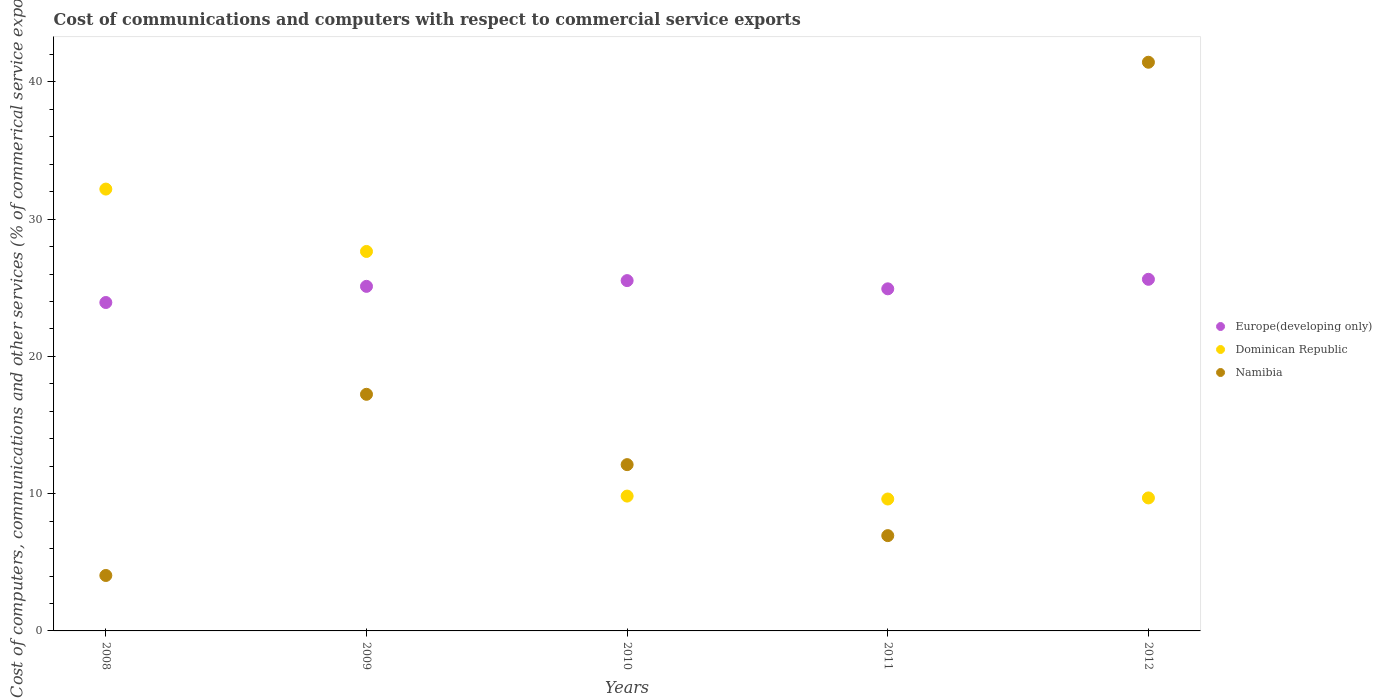
| Years | Europe(developing only) | Dominican Republic | Namibia |
 | --- | --- | --- | --- |
 | 2008 | 23.9 | 32.2 | 4.04 |
 | 2009 | 25.1 | 27.6 | 17.2 |
 | 2010 | 25.5 | 9.82 | 12.1 |
 | 2011 | 24.9 | 9.61 | 6.94 |
 | 2012 | 25.6 | 9.69 | 41.4 |